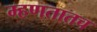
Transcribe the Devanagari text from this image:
म्हणतातच